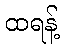
ထရန့်